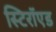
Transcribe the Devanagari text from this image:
स्टिरॉएड